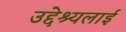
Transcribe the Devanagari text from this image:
उद्देश्यलाई